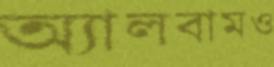
অ্যালবামও